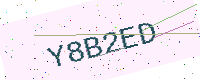
Text: Y8B2ED